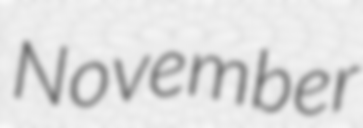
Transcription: November